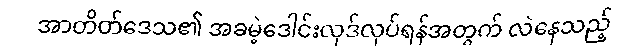
အာတိတ်ဒေသ၏ အခမဲ့ဒေါင်းလုဒ်လုပ်ရန်အတွက် လဲနေသည့်